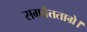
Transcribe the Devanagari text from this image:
समर्वत्तताग्रे।